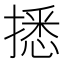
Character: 𢴑